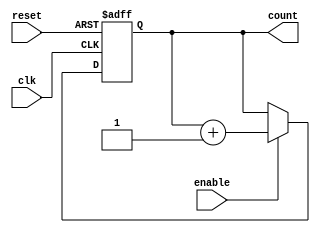
module binary_up_counter_enable (

  input wire clk,      // Clock input
  input wire reset,    // Reset input
  input wire enable,   // Enable input
  output reg [3:0] count   // 4-bit counter output
);

  always @(posedge clk or posedge reset) begin
    if (reset) begin
      count <= 4'b0000;  // Reset the counter
    end else if (enable) begin
      count <= count + 1; // Increment the counter if enable is high
    end
  end

endmodule